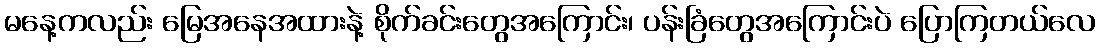
မနေ့ကလည်း မြေအနေအထားနဲ့ စိုက်ခင်းတွေအကြောင်း၊ ပန်းခြံတွေအကြောင်းပဲ ပြောကြတယ်လေ